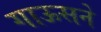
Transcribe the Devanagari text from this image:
गाऊसने